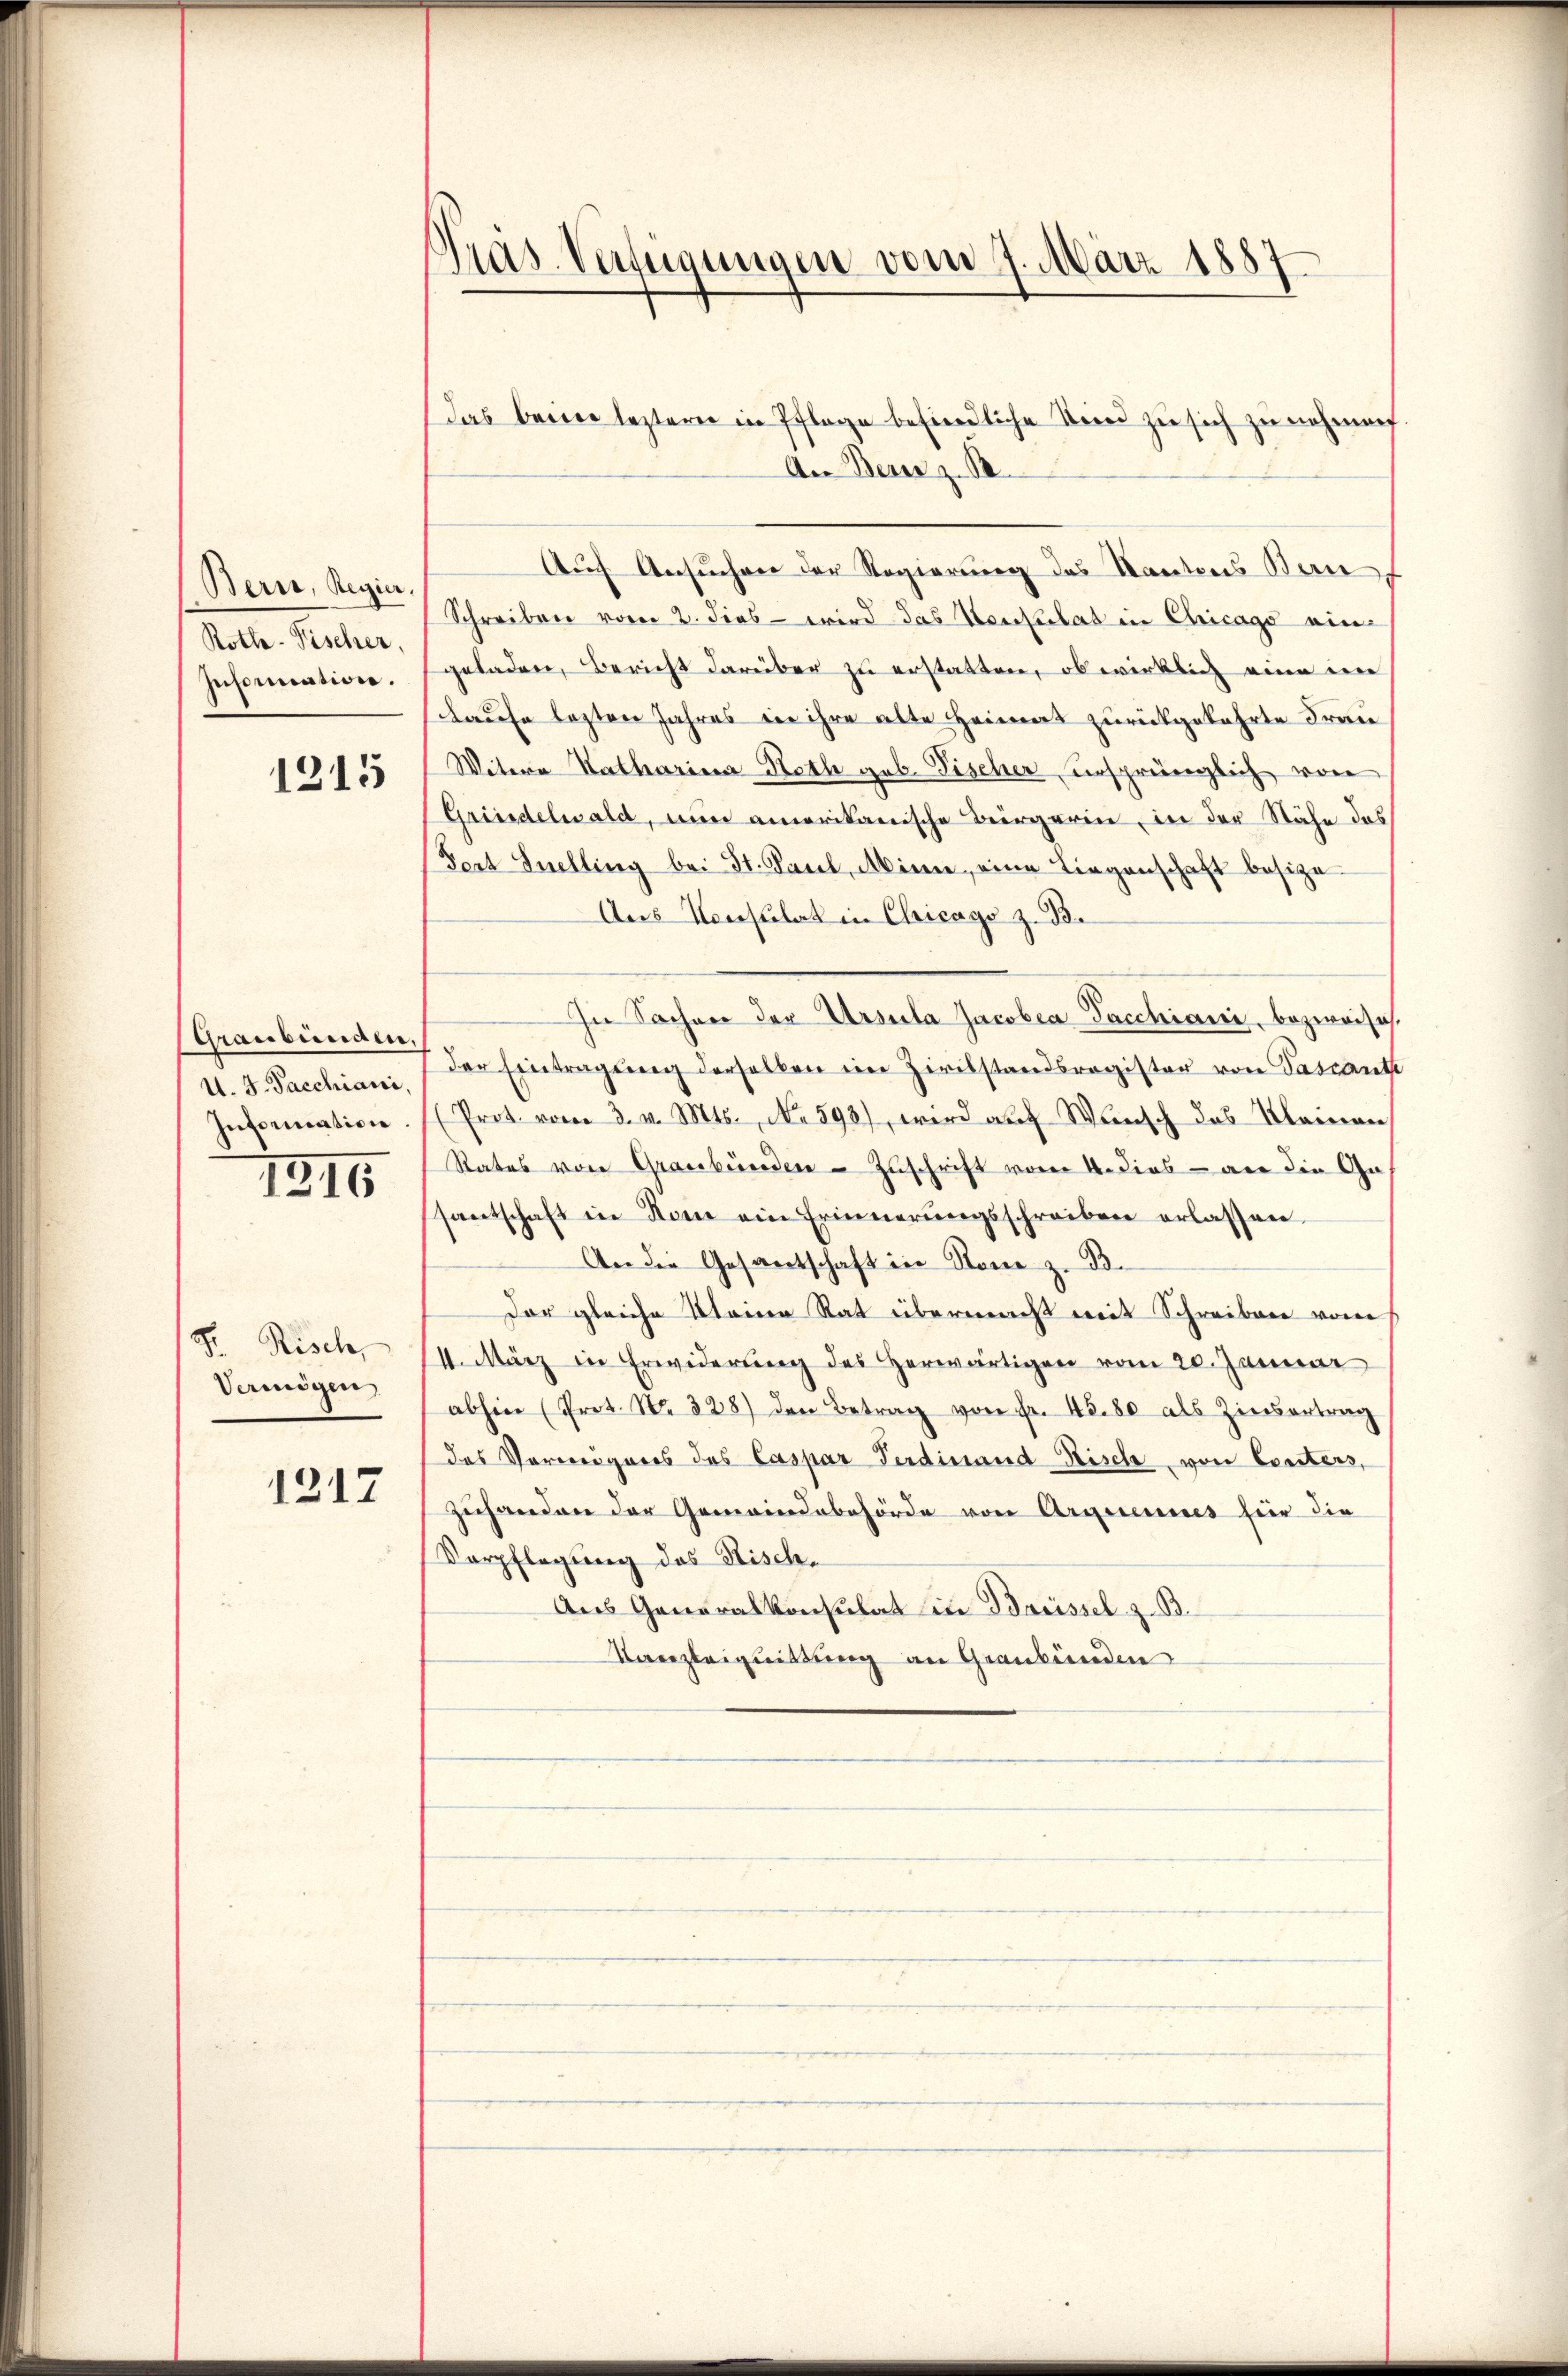
Bern, Regier.
Rothe- Fischer,
Information.

1215

Graubünden,
U. G. Sacchiani,
Information

1316

Gr. Risch
Vermögen,

1217

Gras Verfügungen vom 7. März 1887.

das berer lezterer in Pflege befindliche Fried zu sich zu nehmen.
An Bern z. B.
Auch Ansuchen der Regierung des Kantons Bern
Schreiben vom 2. dies - wird das Herkulat in Chicago eingeladen, Bericht darüber zu erstatten, ob wirklich eine im
Kause lezten Jahres in ihre alte Heimat zurückgekehrte Frau
Witere Katharina Roth geb. Fischer ursprünglich von
Grindelwald, nun amerikanische Bergerin, in der Nähe des
Fort Snelling bei St. Paul, Akinn, eine Liegenschaft besitze
Aus Konsulat in Chicago z. 33.
In Sachen der Ursula Jacobea-Sacchiani, bezweife.
der Eintragung derselben im Zivilstandsregister von Pascante
(Prot. vom 3. v. Mts., No. 593), wird aŭf Wünsch das Klamen,
Rates von Graubünden Zuschrift vom 4. dies an die Ge-
santschaft in Rom ein Erinnerungsschreiben erlassen
An die Gesantschaft in Stone z. B.
Der gleiche Kleine Rat übermacht mit Schreiben vom
4. März in Erwiderung des herwärtigen vom 20. Januar
abhin (Prot. N. 328) den Betrag von Fr. 45. 80 als Zinsentrag
das Verweigeres des Caspar Ferdinand Risch von Consters,
zuhanden der Gemeindebehörde von Arguenies für die
Verpflegung des Risch¬
Aus Generalkonsulat in Brüssel. z. B.
Kanzleiquittung an Graubünden